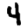
Digit: 4